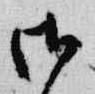
御